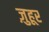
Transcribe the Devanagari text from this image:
ज़ुहूर